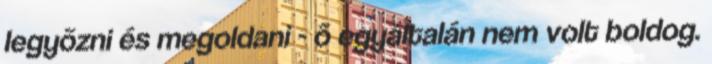
legyõzni és megoldani - õ egyáltalán nem volt boldog.